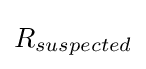
R_{suspected}